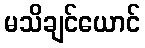
မသိချင်ယောင်